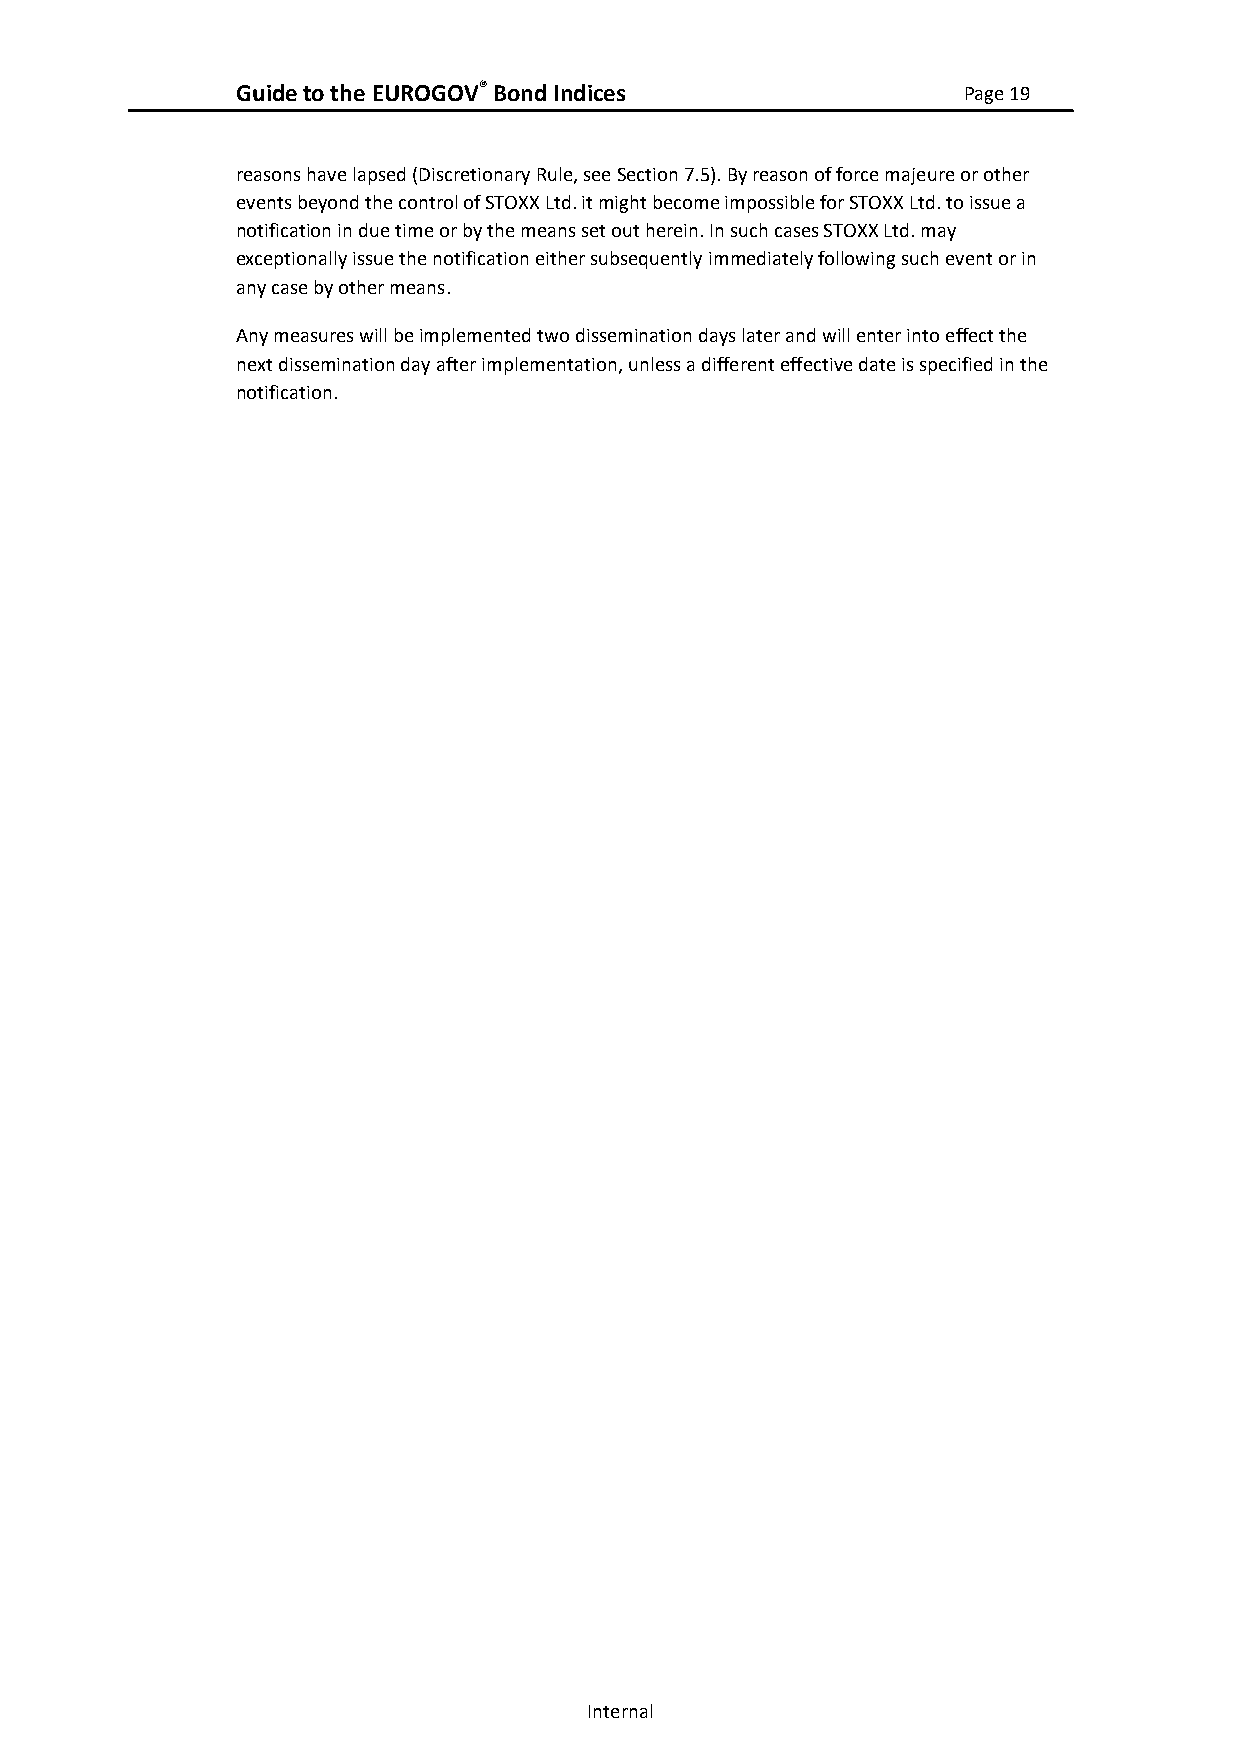
Guide to the EUROGOV® Bond Indices              Page 19
 reasons have lapsed (Discretionary Rule, see Section 7.5). By reason of force majeure or other
 events beyond the control of STOXX Ltd. it might become impossible for STOXX Ltd. to issue a
 notification in due time or by the means set out herein. In such cases STOXX Ltd. may
 exceptionally issue the notification either subsequently immediately following such event or in
 any case by other means.
 Any measures will be implemented two dissemination days later and will enter into effect the
 next dissemination day after implementation, unless a different effective date is specified in the
 notification.
 Internal